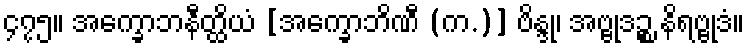
၄၇၅။ အက္ခောဘနီတ္ထိယံ [အက္ခောဘိဏီ (က.)] ဗိန္ဒု၊ အဗ္ဗုဒဉ္စ နိရဗ္ဗုဒံ။